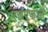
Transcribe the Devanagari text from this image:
एलएफओ